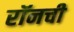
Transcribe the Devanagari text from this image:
रॉनची